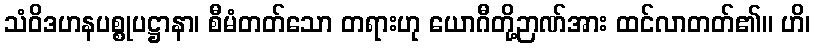
သံဝိဒဟနပစ္စုပဋ္ဌာနာ၊ စီမံတတ်သော တရားဟု ယောဂီတို့ဉာဏ်အား ထင်လာတတ်၏။ ဟိ၊